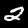
Digit: 2